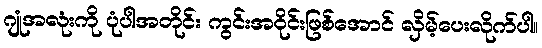
ဂျုံအလုံးကို ပုံပါအတိုင်း ကွင်းအဝိုင်းဖြစ်အောင် လှိမ့်ပေးလိုက်ပါ။